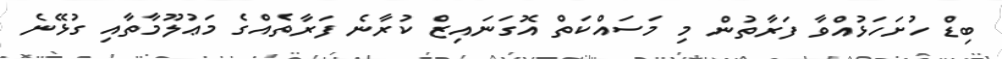
ބިޑް ހުށަހަޅުއްވާ ފަރާތުން މި މަސައްކަތް އޮގަނައިޒް ކުރާނެ ފަރާތެއްގެ މަޢުލޫމާތާއި ގުޅޭނެ